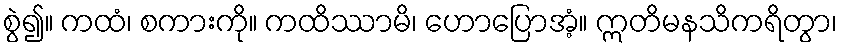
စွဲ၍။ ကထံ၊ စကားကို။ ကထိဿာမိ၊ ဟောပြောအံ့။ ဣတိမနသိကရိတွာ၊